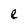
Character: e